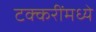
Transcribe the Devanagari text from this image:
टक्करींमध्ये